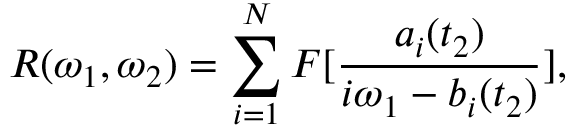
R ( \omega _ { 1 } , \omega _ { 2 } ) = \sum _ { i = 1 } ^ { N } { F } [ \frac { a _ { i } ( t _ { 2 } ) } { i \omega _ { 1 } - b _ { i } ( t _ { 2 } ) } ] ,